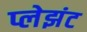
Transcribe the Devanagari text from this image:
प्लेझंट